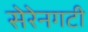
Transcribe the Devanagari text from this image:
सेरेनगटी